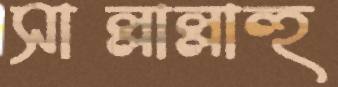
সাল্লাল্লাহু